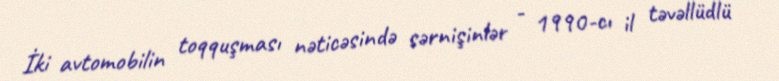
İki avtomobilin toqquşması nəticəsində sərnişinlər - 1990-cı il təvəllüdlü